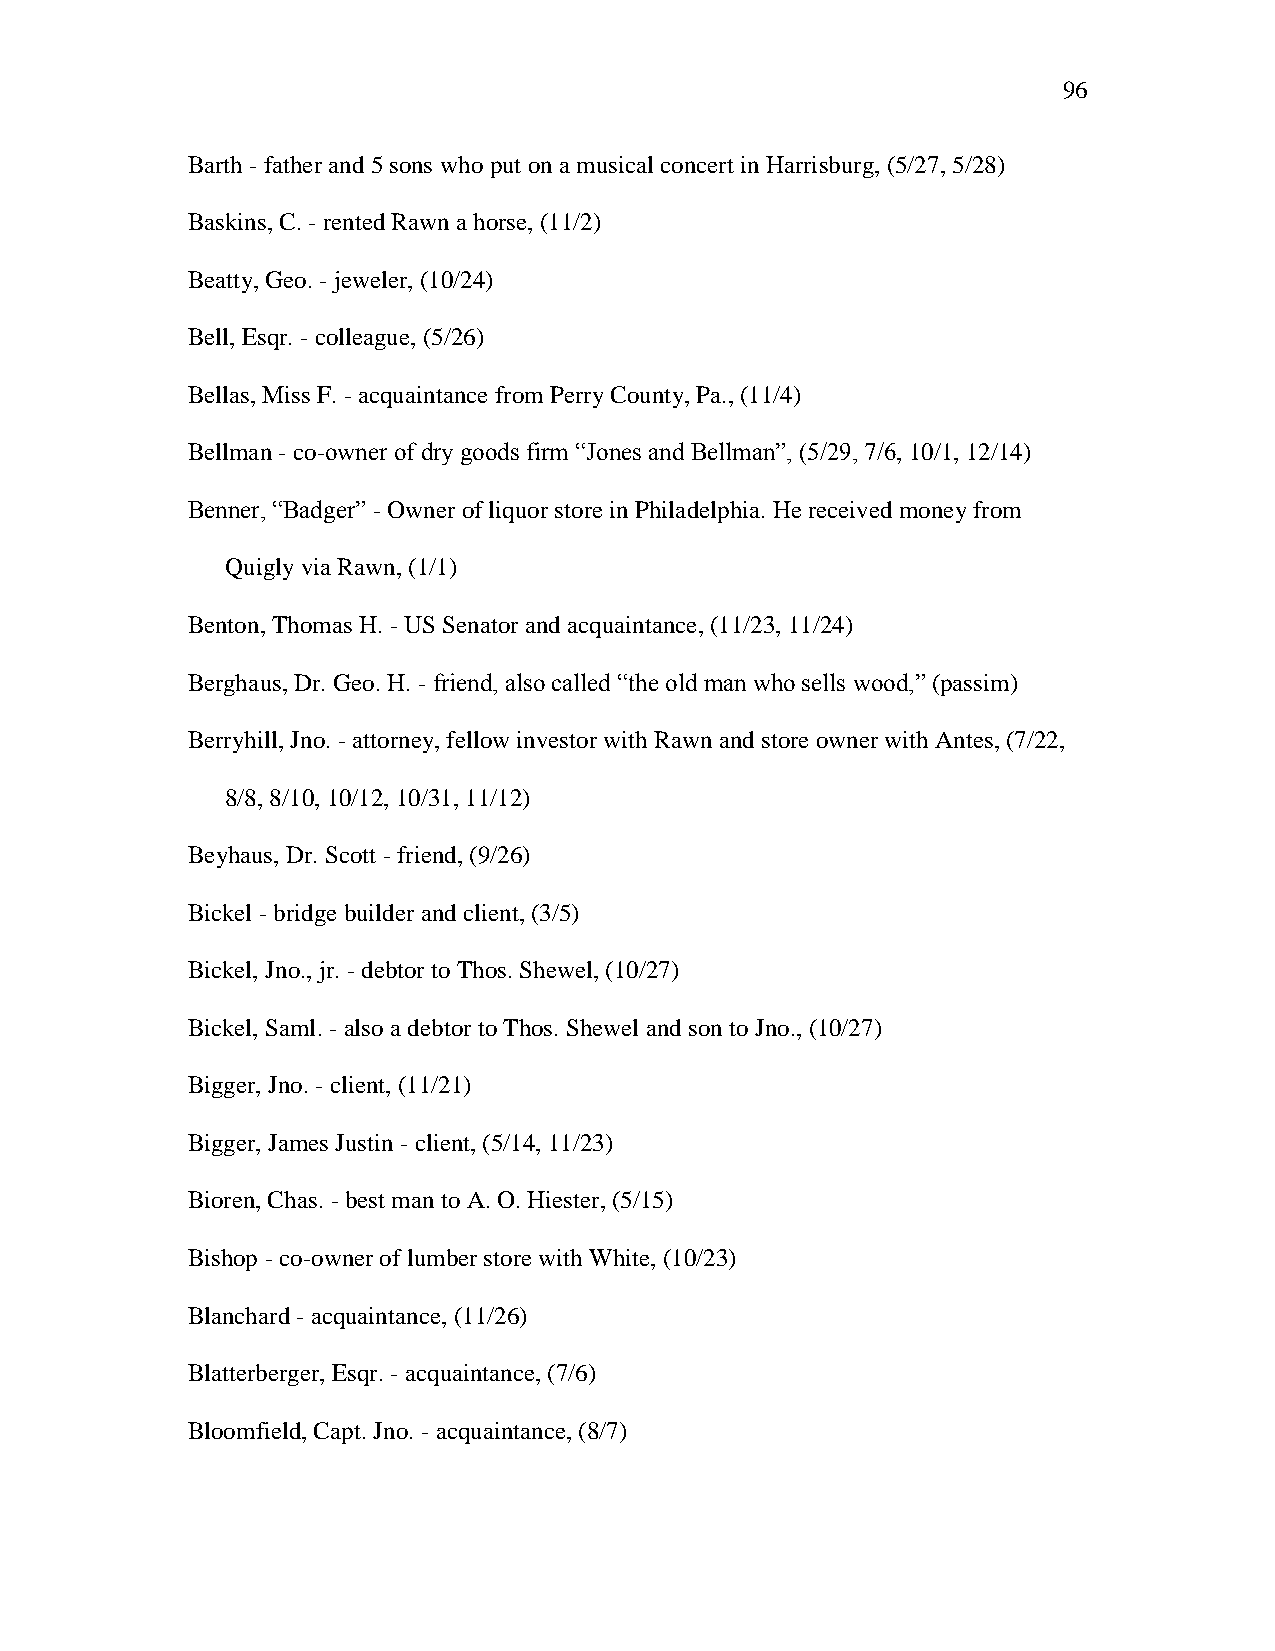
96
 Barth - father and 5 sons who put on a musical concert in Harrisburg, (5/27, 5/28)
 Baskins, C. - rented Rawn a horse, (11/2)
 Beatty, Geo. - jeweler, (10/24)
 Bell, Esqr. - colleague, (5/26)
 Bellas, Miss F. - acquaintance from Perry County, Pa., (11/4)
 Bellman - co-owner of dry goods firm ―Jones and Bellman‖, (5/29, 7/6, 10/1, 12/14)
 Benner, ―Badger‖ - Owner of liquor store in Philadelphia. He received money from
 Quigly via Rawn, (1/1)
 Benton, Thomas H. - US Senator and acquaintance, (11/23, 11/24)
 Berghaus, Dr. Geo. H. - friend, also called ―the old man who sells wood,‖ (passim)
 Berryhill, Jno. - attorney, fellow investor with Rawn and store owner with Antes, (7/22,
 8/8, 8/10, 10/12, 10/31, 11/12)
 Beyhaus, Dr. Scott - friend, (9/26)
 Bickel - bridge builder and client, (3/5)
 Bickel, Jno., jr. - debtor to Thos. Shewel, (10/27)
 Bickel, Saml. - also a debtor to Thos. Shewel and son to Jno., (10/27)
 Bigger, Jno. - client, (11/21)
 Bigger, James Justin - client, (5/14, 11/23)
 Bioren, Chas. - best man to A. O. Hiester, (5/15)
 Bishop - co-owner of lumber store with White, (10/23)
 Blanchard - acquaintance, (11/26)
 Blatterberger, Esqr. - acquaintance, (7/6)
 Bloomfield, Capt. Jno. - acquaintance, (8/7)